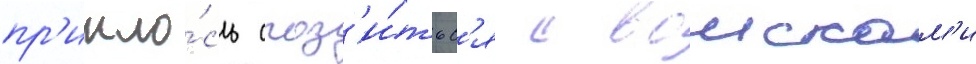
пр'ишло́сь сраз'и́тьс'я с воискам'и